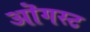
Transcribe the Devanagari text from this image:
ऒगस्ट